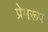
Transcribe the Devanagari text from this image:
प्रेमरूप